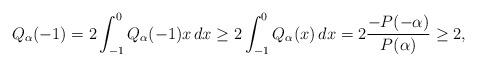
LaTeX: \begin{align*} Q_\alpha(-1) = 2 \int_{-1}^0 Q_\alpha(-1) x \, dx \geq 2 \int_{-1}^0 Q_\alpha(x) \, dx = 2\frac{-P(-\alpha)}{P(\alpha)} \geq 2, \end{align*}